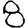
Digit: 8